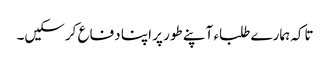
تاکہ ہمارے طلباء آپنے طور پر اپنا دفاع کرسکیں۔